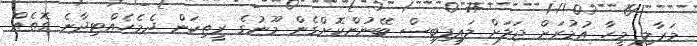
މަރާލި މީހާ އުމުރަށް ޖަލަށް ލައިފިބިސް ބޭނުންކޮށްގެން މޫނުގެ ރީތިކަން ދެމެހެއްޓިދާނެ ގޮތެއް